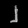
Digit: ၂